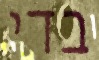
בדי